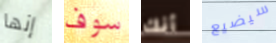
إنها سوف أنك سيضيع